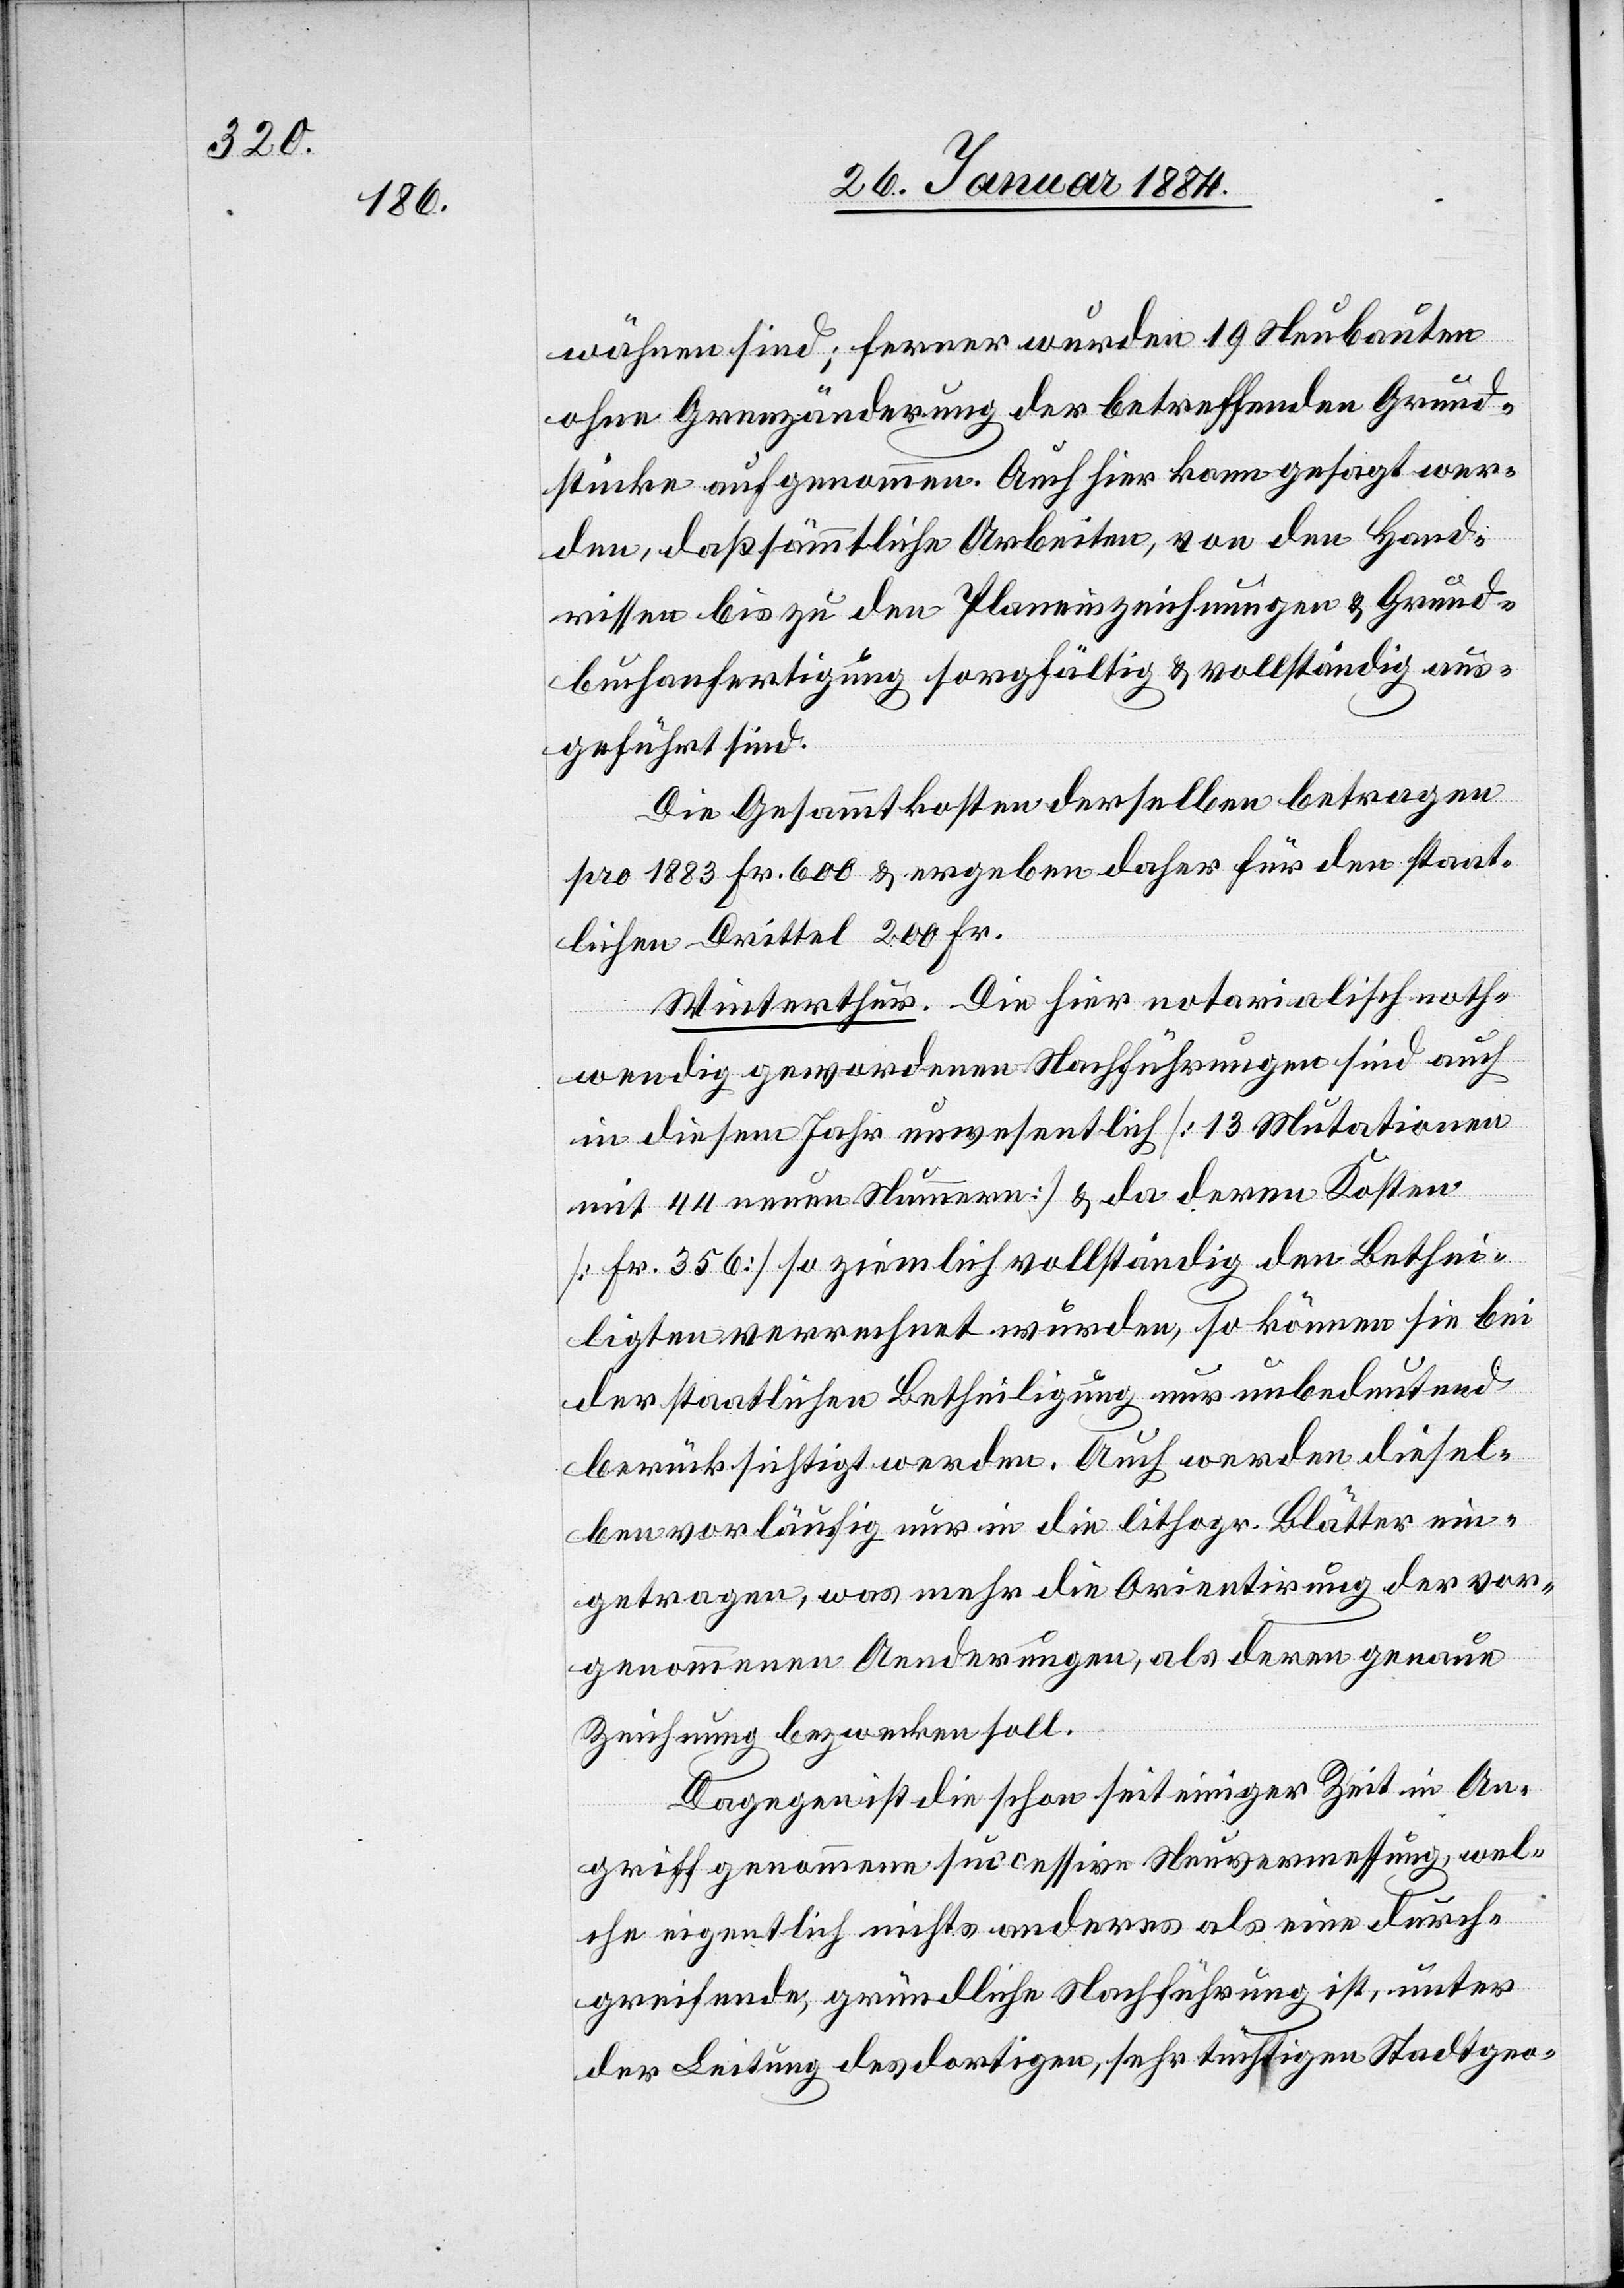
wähnen sind; ferner wurden 19 Neubauten
ohne Grenzänderung der betreffenden Grund¬
stücke aufgenommen. Auch hier kann gesagt wer¬
den, daß sämmtliche Arbeiten, von den Hand¬
rissen bis zu den Planeinzeichnungen & Grund¬
buchanfertigungen sorgfältig & vollständig aus¬
geführt sind.
Die Gesammtkosten derselben betragen
pro 1883 Fr. 600 & ergeben daher für den staat¬
lichen Drittel 200 Fr.
Winterthur. Die hier notarialisch noth¬
wendig gewordenen Nachführungen sind auch
in diesem Jahr unwesentlich [13 Mutationen
mit 44 neuen Nummern] & da deren Kosten
[Fr. 356] so ziemlich vollständig den Bethei¬
ligten verrechnet wurden, so können sie bei
der staatlichen Betheiligung nur unbedeutend
berücksichtigt werden. Auch werden diesel¬
ben vorläufig nur in die lithogr. Blätter ein¬
getragen, was mehr die Orientierung der vor¬
genommenen Aenderungen, als deren genaue
Zeichnung bezwecken soll.
Dagegen ist die schon seit einiger Zeit in An¬
griff genommene successive Neuvermessung, wel¬
che eigentlich nichts anderes als eine durch¬
greifende, gründliche Nachführung ist, unter
der Leitung des dortigen, sehr tüchtigen Stadtgeo-